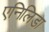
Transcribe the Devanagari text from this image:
एनिलिडा